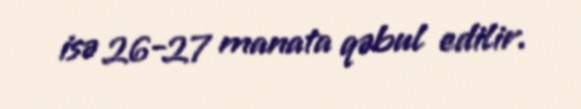
isə 26-27 manata qəbul edilir.